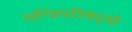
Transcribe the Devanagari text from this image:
मन्त्रिपरिषद्‍थी